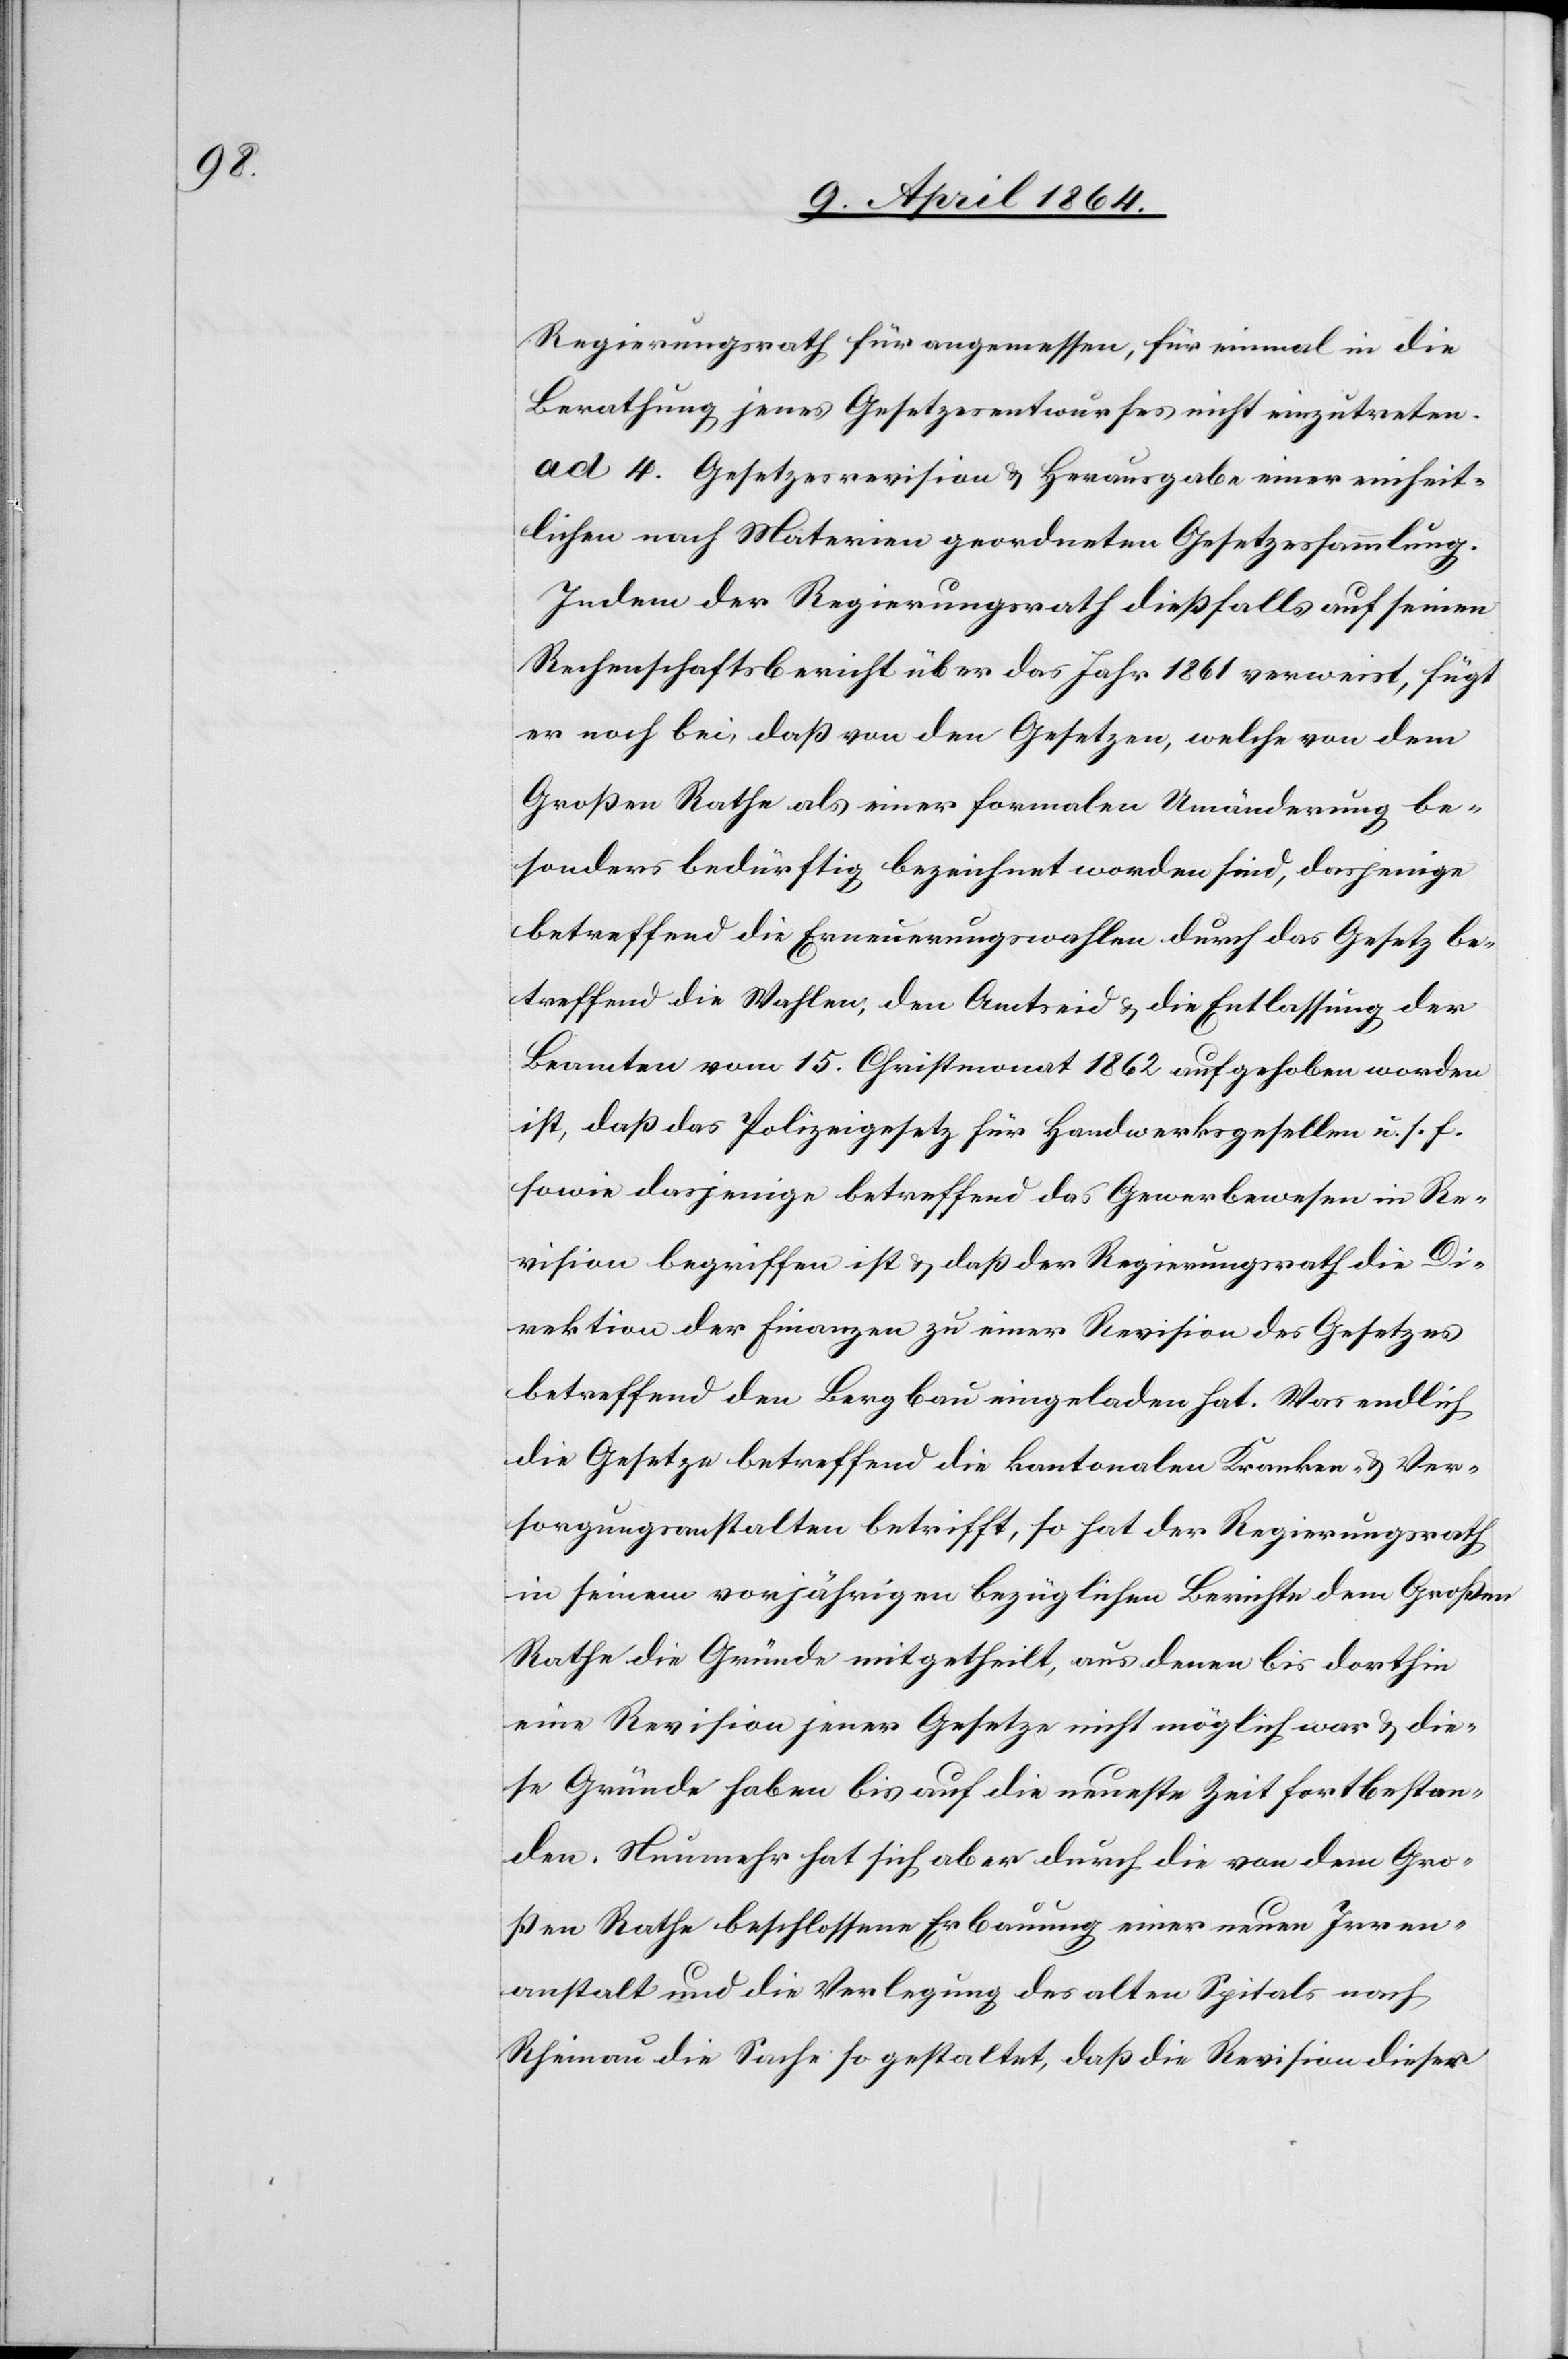
Regierungsrath für angemessen, für einmal in die
Berathung jenes Gesetzesentwurfes nicht einzutreten.
ad 4. Gesetzesrevision u. Herausgabe einer einheit¬
lichen nach Materien geordneten Gesetzessammlung.
Indem der Regierungsrath dießfalls auf seinen
Rechenschaftsbericht über das Jahr 1861 verweist, fügt
er noch bei, daß von den Gesetzen, welche von dem
Großen Rathe als einer formalen Umänderung be¬
sonders bedürftig bezeichnet worden sind, dasjenige
betreffend die Erneuerungswahlen durch das Gesetz be¬
treffend die Wahlen, den Amtseid u. die Entlassung der
Beamten vom 15. Christmonat 1862 aufgehoben worden
ist, daß das Polizeigesetz für Handwerksgesellen u. s. f.
sowie dasjenige betreffend das Gewerbewesen in Re¬
vision begriffen ist u. daß der Regierungsrath die Di¬
rektion der Finanzen zu einer Revision des Gesetzes
betreffend den Bergbau eingeladen hat. Was endlich
die Gesetze betreffend die kantonalen Kranken- u. Ver¬
sorgungsanstalten betrifft, so hat der Regierungsrath
in seinem vorjährigen bezüglichen Berichte dem Großen
Rathe die Gründe mitgetheilt, aus denen bis dorthin
eine Revision jener Gesetze nicht möglich war u. die¬
se Gründe haben bis auf die neueste Zeit fortbestan¬
den. Nunmehr hat sich aber durch die von dem Gro¬
ßen Rathe beschlossene Erbauung einer neuen Irren¬
anstalt und die Verlegung des alten Spitals nach
Rheinau die Sache so gestaltet, daß die Revision dieser